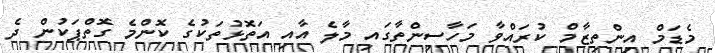
މެޑަމް އިންތިޒާމް ކުރައްވާ މަހާސިންތާގައި މާލެ އާއި އަތޮޅުތަކުގެ ކޮންމެ ގޮތްޕަކުން ދެ